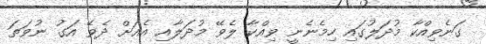
ގަނެވިއްކާ މުދަލުގައި ހިމެނެނީ ވިއްކާ ލެވޭ މުދަލާއި އެއަށް ދެވޭ އަގު ނުވަތަ